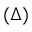
( \Delta )